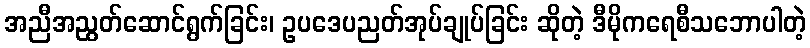
အညီအညွတ်ဆောင်ရွက်ခြင်း၊ ဥပဒေပညတ်အုပ်ချုပ်ခြင်း ဆိုတဲ့ ဒီမိုကရေစီသဘောပါတဲ့